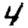
Digit: 4